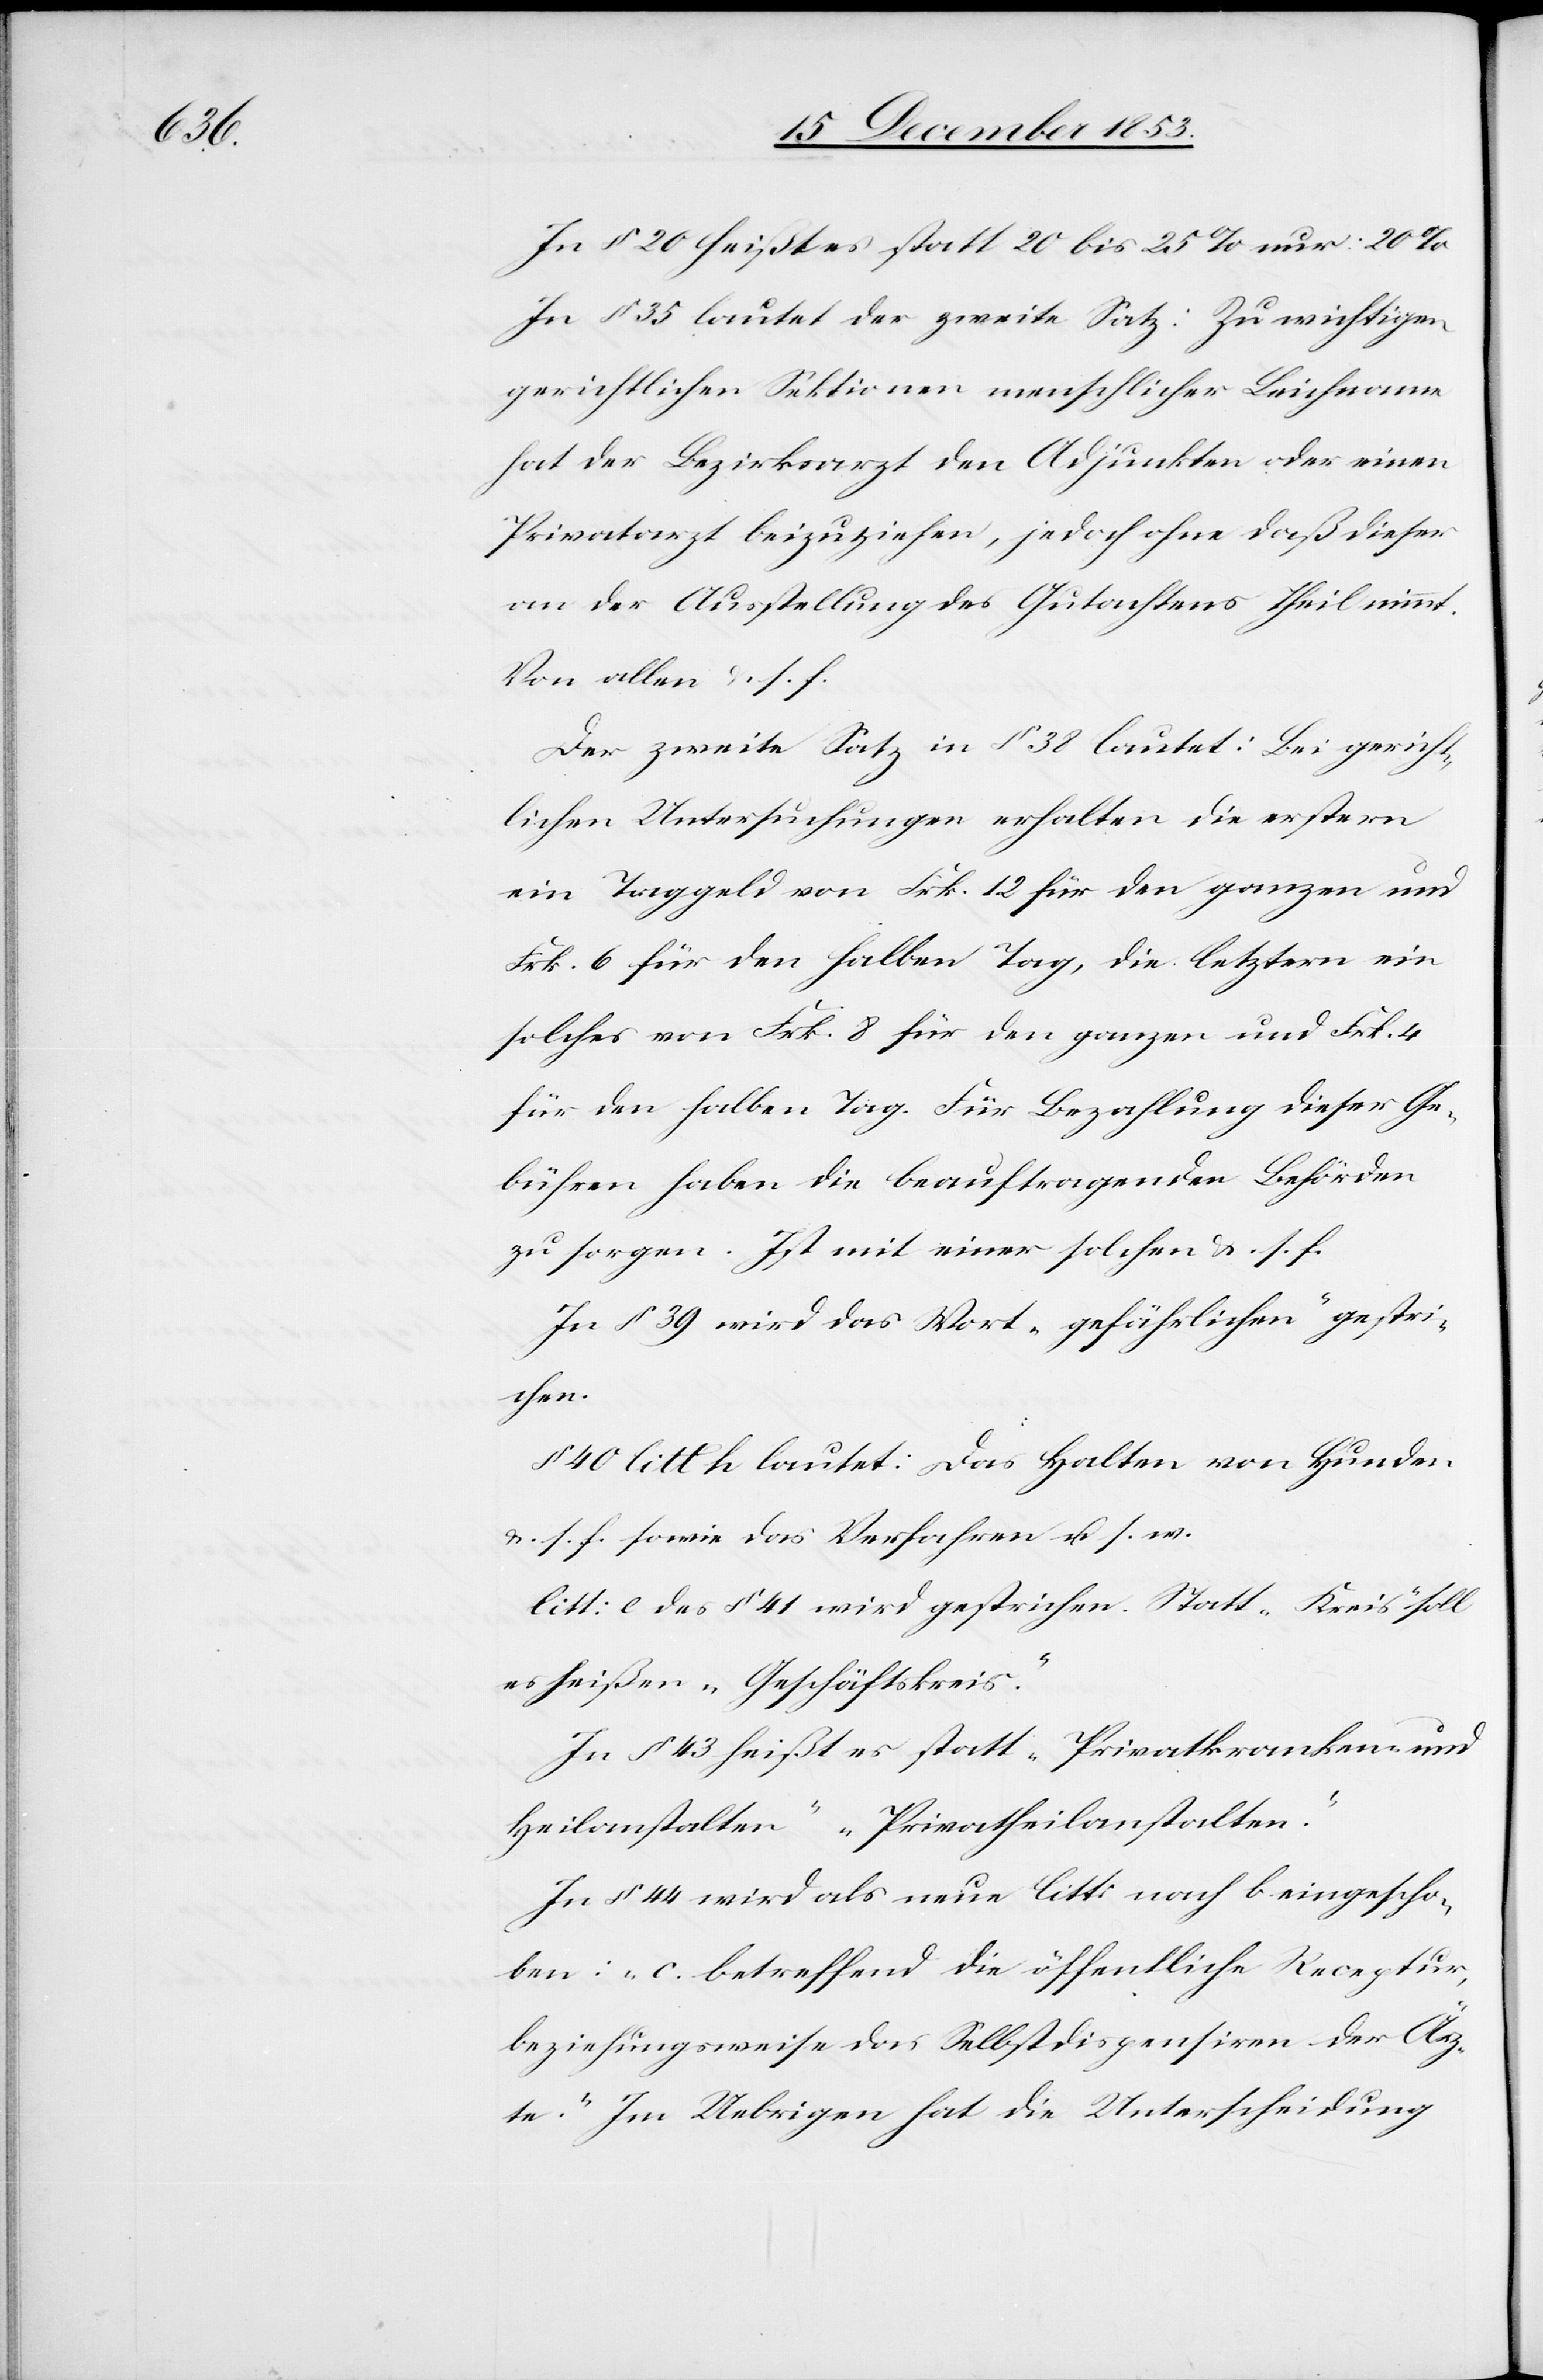
In § 20 heißt es statt 20 bis 25% nur: 20%
In § 35 lautet der zweite Satz: Zu wichtigen
gerichtlichen Sektionen menschlicher Leichname
hat der Bezirksarzt den Adjunkten oder einen
Privatarzt beizuziehen, jedoch ohne daß dieser
an der Ausstellung des Gutachtens Theil nimmt.
Von allen u. s. f.
Der zweite Satz in § 38 lautet: Bei gericht¬
lichen Untersuchungen erhalten die erstern
ein Taggeld von Frk. 12 für den ganzen und
Frk. 6 für den halben Tag, die letztern ein
solches von Frk. 8 für den ganzen und Frk. 4
für den halben Tag. Für Bezahlung dieser Ge¬
bühren haben die beauftragenden Behörden
zu sorgen. Ist mit einer solchen u. s. f.
In § 39 wird das Wort „gefährlichen“ gestri¬
chen.
§ 40 litt k lautet: Das Halten von Hunden
u. s. f. sowie das Verfahren u. s. w.
litt: c des § 41 wird gestrichen. Statt „Kreis“ soll
es heißen „Geschäftskreis“.
In § 43 heißt es statt „Privatkranken- und
Heilanstalten“ „Privatheilanstalten“.
In § 44 wird als neue litt: nach b eingescho¬
ben: „c. betreffend die öffentliche Receptur,
beziehungsweise das Selbstdispensiren der Ärz¬
te.“ Im Uebrigen hat die Unterscheidung